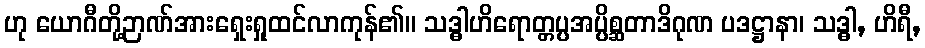
ဟု ယောဂီတို့ဉာဏ်အားရှေးရှုထင်လာကုန်၏။ သဒ္ဓါဟိရောတ္တပ္ပအပ္ပိစ္ဆတာဒိဂုဏ ပဒဋ္ဌာနာ၊ သဒ္ဓါ, ဟိရီ,